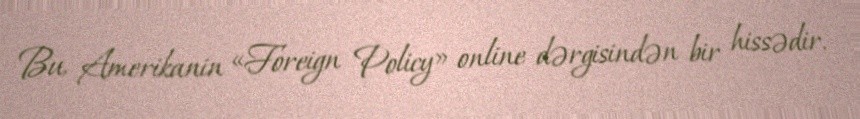
Bu, Amerikanin «Foreign Policy» online dərgisindən bir hissədir.